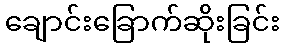
ချောင်းခြောက်ဆိုးခြင်း